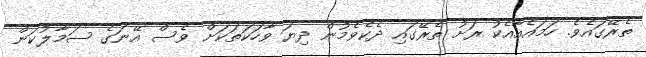
ތެރޭގައެވެ. ހަމައެއާއެކު ރަށު ތެރޭގައި ދެކެވެމުން ދިޔަ ވާހަކަތަކަށް ވެސް އޭނަގެ ސަމާލުކަން